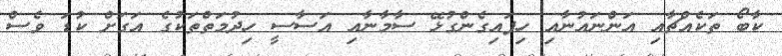
ކާބޯ ތަކެއްޗާއި އަންނައުނާއި ހިފައިގެންގުޅޭ ސާމާނާއި އަސާސީ ހިދުމަތްތަކުގެ އަގަށް ކުޑަ ވެސް